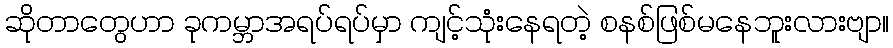
ဆိုတာတွေဟာ ခုကမ္ဘာအရပ်ရပ်မှာ ကျင့်သုံးနေရတဲ့ စနစ်ဖြစ်မနေဘူးလားဗျာ။